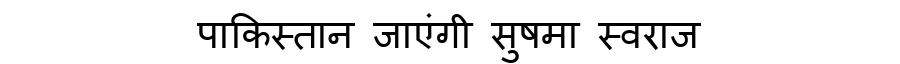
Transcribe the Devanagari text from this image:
पाकिस्तान जाएंगी सुषमा स्वराज